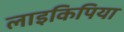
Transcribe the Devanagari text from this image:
लाइकिपिया